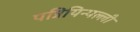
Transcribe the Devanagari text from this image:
पन्नियिन्पल्ली